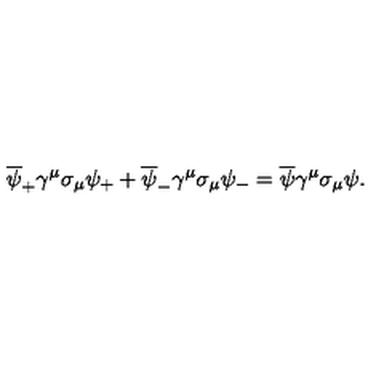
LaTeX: \overline { { \psi } } _ { + } \gamma ^ { \mu } \sigma _ { \mu } \psi _ { + } + \overline { { \psi } } _ { - } \gamma ^ { \mu } \sigma _ { \mu } \psi _ { - } = \overline { { \psi } } \gamma ^ { \mu } \sigma _ { \mu } \psi .